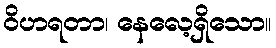
ဝိဟရတာ၊ နေလေ့ရှိသော။